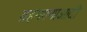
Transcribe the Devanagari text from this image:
ग्रहभगणाआदी